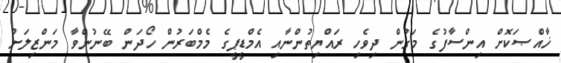
ޚާއްޞަކޮށް އިންސާފުގެ މަގުން ދިވެހި ރައްޔިތުންނާއި އެމްޑީޕީގެ މެމްބަރުން ހޯދަން ބޭނުންވާ މަންޒިލަށް